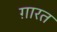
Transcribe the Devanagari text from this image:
ग़ारत